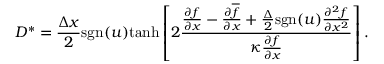
D ^ { \ast } = \frac { \Delta x } { 2 } \mathrm { s g n } ( u ) \mathrm { t a n h } \left[ 2 \frac { \frac { \partial f } { \partial x } - \frac { \partial \overline { { f } } } { \partial x } + \frac { \Delta } { 2 } \mathrm { s g n } ( u ) \frac { \partial ^ { 2 } f } { \partial x ^ { 2 } } } { \kappa \frac { \partial { f } } { \partial x } } \right] .